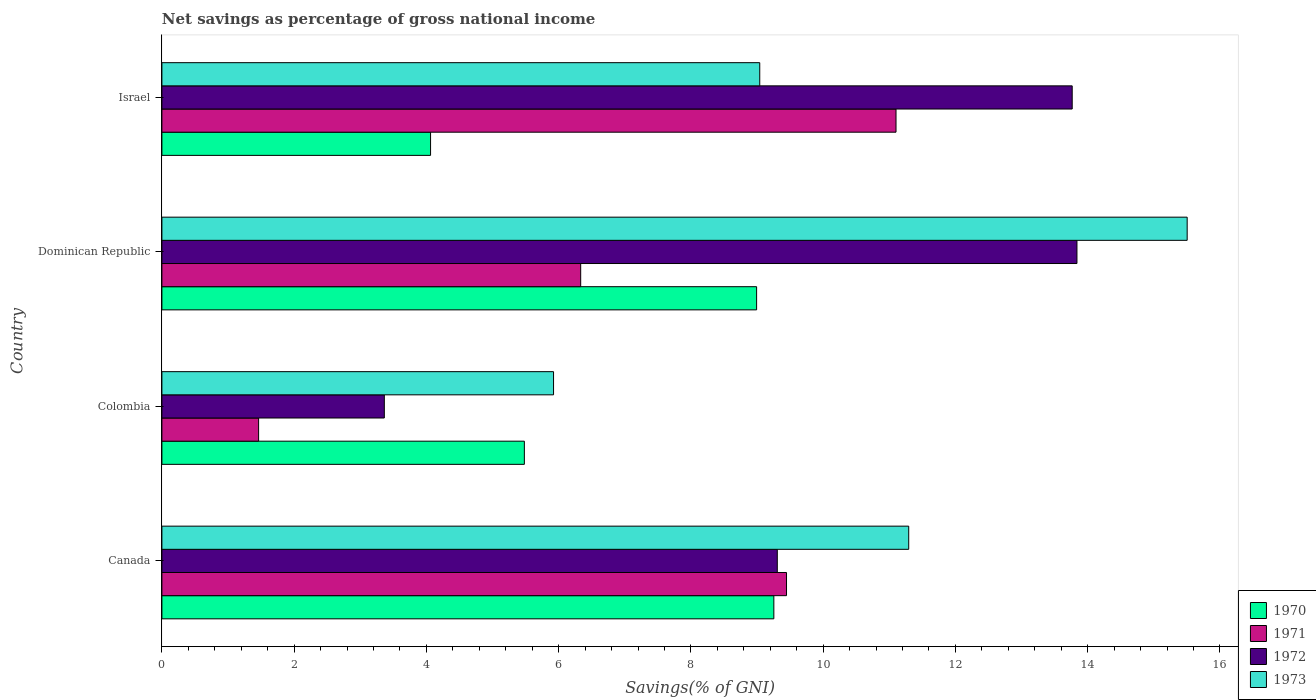
| Country | 1970 | 1971 | 1972 | 1973 |
 | --- | --- | --- | --- | --- |
 | Canada | 9.25 | 9.45 | 9.31 | 11.3 |
 | Colombia | 5.48 | 1.46 | 3.36 | 5.92 |
 | Dominican Republic | 8.99 | 6.33 | 13.8 | 15.5 |
 | Israel | 4.06 | 11.1 | 13.8 | 9.04 |